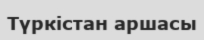
Түркістан аршасы